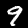
Digit: 9